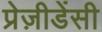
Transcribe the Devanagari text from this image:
प्रेज़ीडेंसी